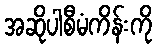
အဆိုပါစီမံကိန်းကို